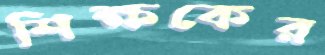
শিক্ষকের